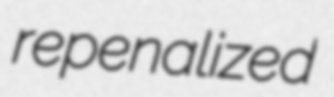
repenalized